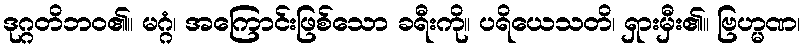
ဒုဂ္ဂတိဘဝ၏။ မဂ္ဂံ၊ အကြောင်းဖြစ်သော ခရီးကို။ ပရိယေသတိ၊ ရှားမှီး၏။ ဗြဟ္မဏ၊